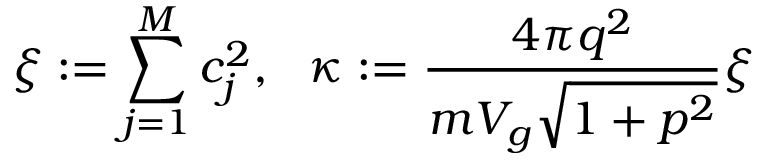
\displaystyle { \xi : = \sum _ { j = 1 } ^ { M } c _ { j } ^ { 2 } , \ \ \kappa : = \frac { 4 \pi q ^ { 2 } } { m V _ { g } \sqrt { 1 + p ^ { 2 } } } } \xi